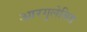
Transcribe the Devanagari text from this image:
आरगुलेसिस